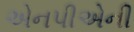
એનપીએની